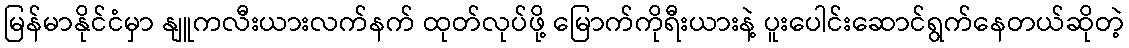
မြန်မာနိုင်ငံမှာ နျူကလီးယားလက်နက် ထုတ်လုပ်ဖို့ မြောက်ကိုရီးယားနဲ့ ပူးပေါင်းဆောင်ရွက်နေတယ်ဆိုတဲ့